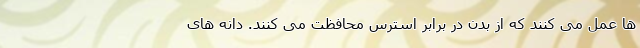
ها عمل می کنند که از بدن در برابر استرس محافظت می کنند. دانه های